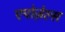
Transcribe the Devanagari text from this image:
एपोज़ेल्स